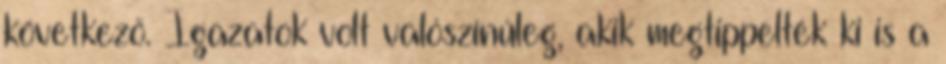
következő. Igazatok volt valószínúleg, akik megtippelték ki is a